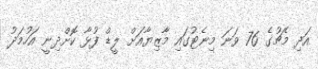
އަދި މެޗުގެ 76 ވަނަ މިނެޓުގައި މާޒިޔާއަށް ލީޑް ފުޅާ ކޮށްދިނީ އަހުމަދު